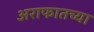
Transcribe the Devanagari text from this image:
अराफातच्या